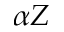
\alpha Z